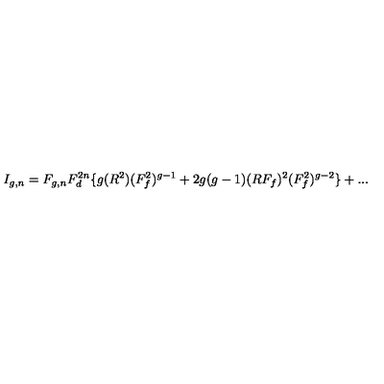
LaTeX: I _ { g , n } = F _ { g , n } F _ { d } ^ { 2 n } \{ g ( R ^ { 2 } ) ( F _ { f } ^ { 2 } ) ^ { g - 1 } + 2 g ( g - 1 ) ( R F _ { f } ) ^ { 2 } ( F _ { f } ^ { 2 } ) ^ { g - 2 } \} + . . .